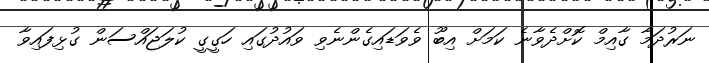
ނަރުދަމާ ގާއިމް ކޮށްދެވާނެ ކަމަށް އިބޫ ވެވަޑައިގެންނެވި ވައުދުގައި ހަގީގީ ކުލަޖައްސަން ގުޅިފައިވާ